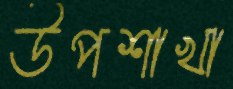
উপশাখা